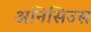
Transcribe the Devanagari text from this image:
अनिसिउस